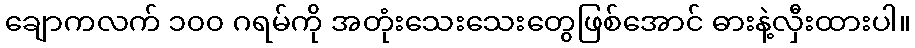
ချောကလက် ၁၀၀ ဂရမ်ကို အတုံးသေးသေးတွေဖြစ်အောင် ဓားနဲ့လှီးထားပါ။